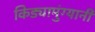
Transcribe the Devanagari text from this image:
किड्यामुंग्यानी